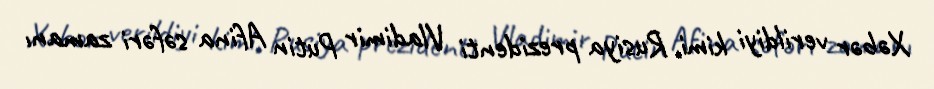
Xəbər verildiyi kimi, Rusiya prezidenti Vladimir Putin Afina səfəri zamanı